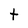
Character: t